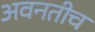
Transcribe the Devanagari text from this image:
अवनतीच